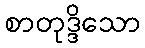
စာတုဒ္ဒိသော